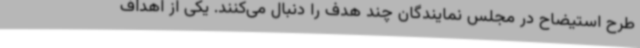
طرح استیضاح در مجلس نمایندگان چند هدف را دنبال می‌کنند. یکی از اهداف